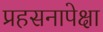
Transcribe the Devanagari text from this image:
प्रहसनापेक्षा